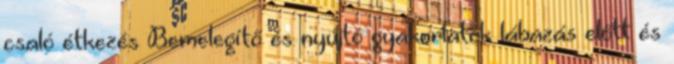
csaló étkezés Bemelegítő és nyújtó gyakorlatok lábazás előtt és